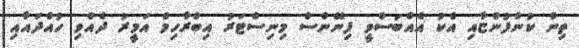
ތިން ކުންފުންޏާއި އެކު އެއްބަސްވީ ފިނޭންސް މިނިސްޓަރު އިބްރާހިމް އަމީރު ދެއްވި ހުއްދައާއި